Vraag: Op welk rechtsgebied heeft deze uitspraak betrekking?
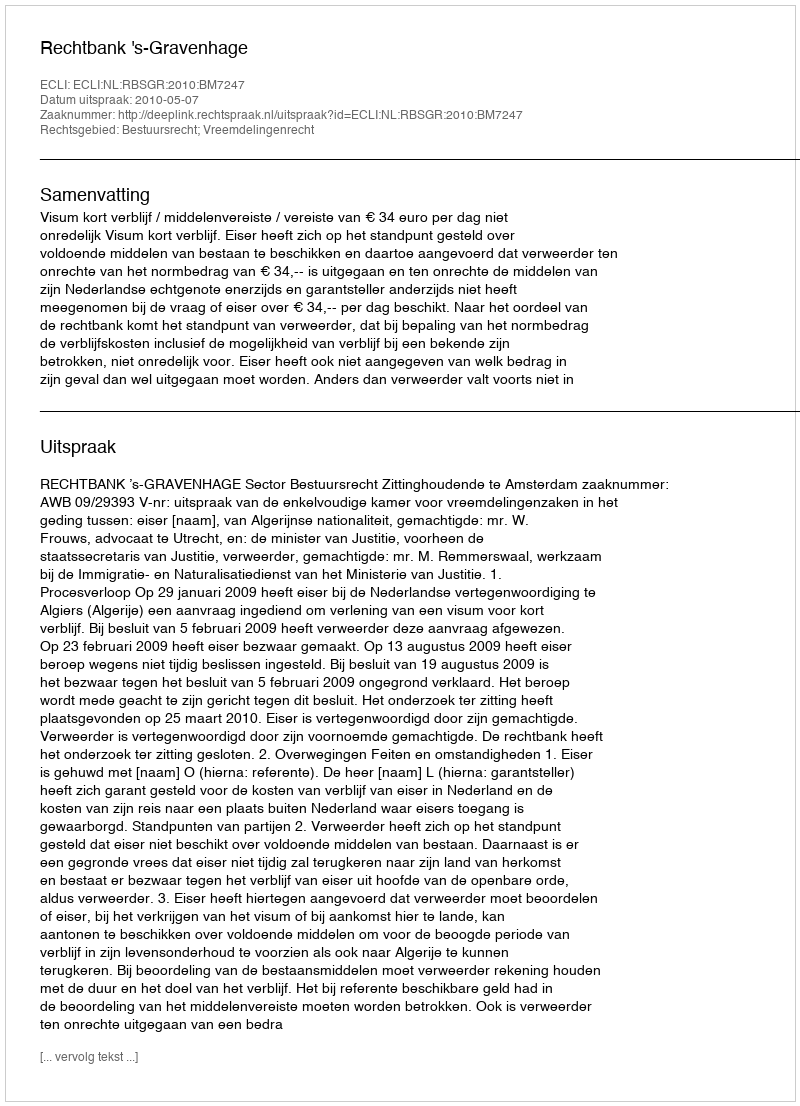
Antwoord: Bestuursrecht; Vreemdelingenrecht